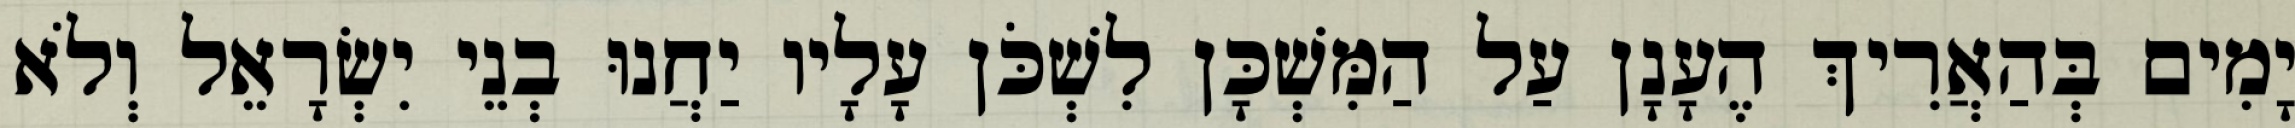
יָמִים בְּהַאֲרִיךְ הֶעָנָן עַל הַמִּשְׁכָּן לִשְׁכֹּן עָלָיו יַחֲנוּ בְנֵי יִשְׂרָאֵל וְלֹא